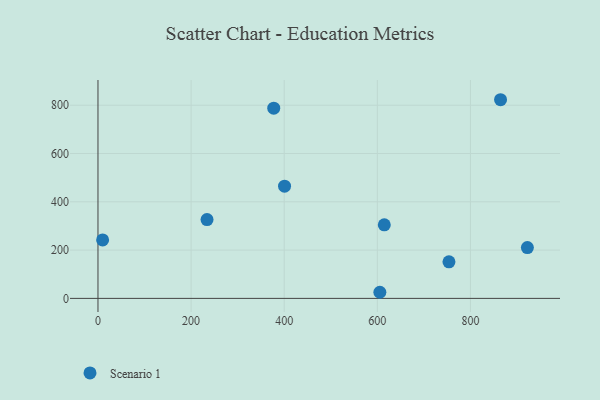
{"axis": {"x": "Distance", "y": "Fuel Efficiency"}, "legend": ["Scenario 1"], "data": [{"x": "605.4", "y": 25.3, "type": "Scenario 1"}, {"x": "922.2", "y": 210.4, "type": "Scenario 1"}, {"x": "10.0", "y": 241.9, "type": "Scenario 1"}, {"x": "614.9", "y": 304.7, "type": "Scenario 1"}, {"x": "400.7", "y": 464.8, "type": "Scenario 1"}, {"x": "864.6", "y": 822.7, "type": "Scenario 1"}, {"x": "753.8", "y": 151.6, "type": "Scenario 1"}, {"x": "234.2", "y": 326.5, "type": "Scenario 1"}, {"x": "377.5", "y": 787.7, "type": "Scenario 1"}]}